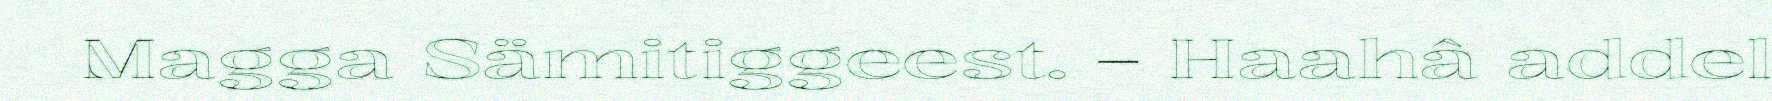
Magga Sämitiggeest. – Haahâ addel